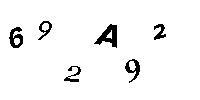
692A92